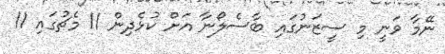
ނޭމާ ވަނީ މި ސީޒަނުގައި ބާސެލޯނާ އަށް ކުޅެދިން 11 މެޗުގައި 11